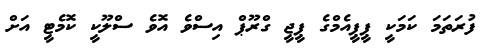
ފުރަތަމަ ކަމަކީ ޕީޕީއެމްގެ ޕީޖީ ގްރޫޕް އިސްވެ އޮވެ ސްލޫކީ ކޮމެޓީ އަށް